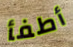
أطفأ